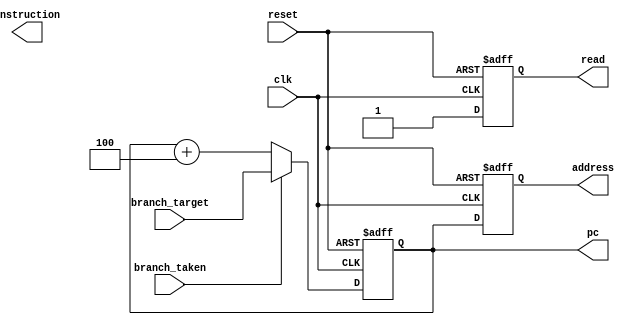
module Fetcher (
    input wire clk,                // Clock signal
    input wire reset,              // Reset signal
    input wire [31:0] branch_target, // Branch target address if next instruction is to branch
    input wire branch_taken,       // Branch taken signal
    output reg [31:0] pc,          // Program Counter
    output wire [31:0] instruction, // Current instruction
    output reg [31:0] address,     // Address to access RAM
    output reg read                // Read signal to access RAM
);
    // Program Counter Logic
    always @(posedge clk or posedge reset) begin
        if (reset) begin
            pc <= 32'b0; // Initialize PC to zero on reset
        end else if (branch_taken) begin
            pc <= branch_target; // Update PC to branch target on branch
        end else begin
            pc <= pc + 4; // Increment PC by 4-byte (32 bit) to fetch the next instruction
        end
    end

    // Address and read logic
    always @(posedge clk or posedge reset) begin
        if (reset) begin
            address <= 32'b0; // Initialize address to zero on reset
            read <= 1'b0;     // Initialize read signal to low on reset
        end else begin
            address <= pc;    // Set address to current PC value
            read <= 1'b1;     // Set read signal high to read from RAM
        end
    end
endmodule